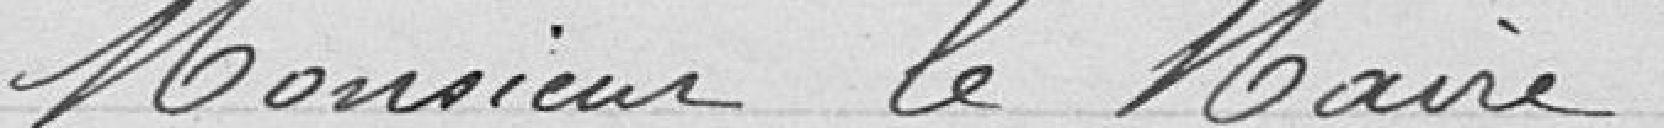
Monsieur le maire,